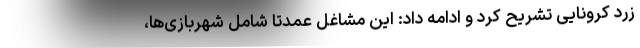
زرد کرونایی تشریح کرد و ادامه داد: این مشاغل عمدتا شامل شهربازی‌ها،